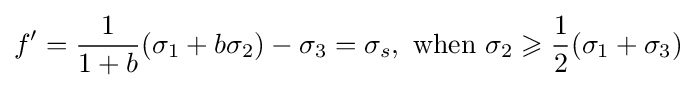
f'={\frac {1}{1+b}}({\sigma _{1}}+b{\sigma _{2}})-{\sigma _{3}}={\sigma _{s}},{\text{ when }}{\sigma _{2}}\geqslant {\frac {1}{2}}({\sigma _{1}}+{\sigma _{3}})